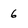
Character: 6